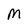
Character: M